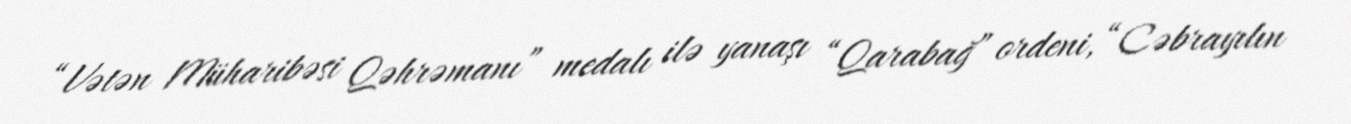
“Vətən Müharibəsi Qəhrəmanı” medalı ilə yanaşı “Qarabağ” ordeni, “Cəbrayılın